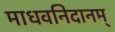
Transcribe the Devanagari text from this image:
माधवनिदानम्